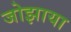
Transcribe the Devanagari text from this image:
जोझाया